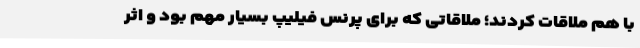
با هم ملاقات کردند؛ ملاقاتی که برای پرنس فیلیپ بسیار مهم بود و اثر